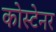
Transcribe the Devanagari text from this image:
कोस्टेनर